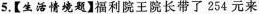
5.【生活情境题】福利院王院长带了254元来